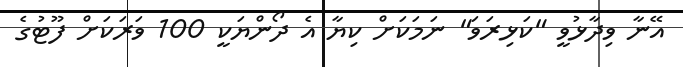
އޭނާ ވިދާޅުވީ "ކަޅިރަވަ" ނަމަކަށް ކިޔާ އެ ދޯންޔަކީ 100 ވަރަކަށް ފޫޓުގެ